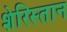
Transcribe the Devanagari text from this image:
शेरिस्तान